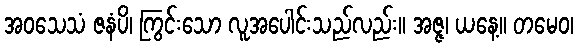
အဝသေသံ ဇနံပိ၊ ကြွင်းသော လူအပေါင်းသည်လည်း။ အဇ္ဇ၊ ယနေ့။ တမေဝ၊